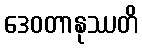
ဒေဝတာနုဿတိ